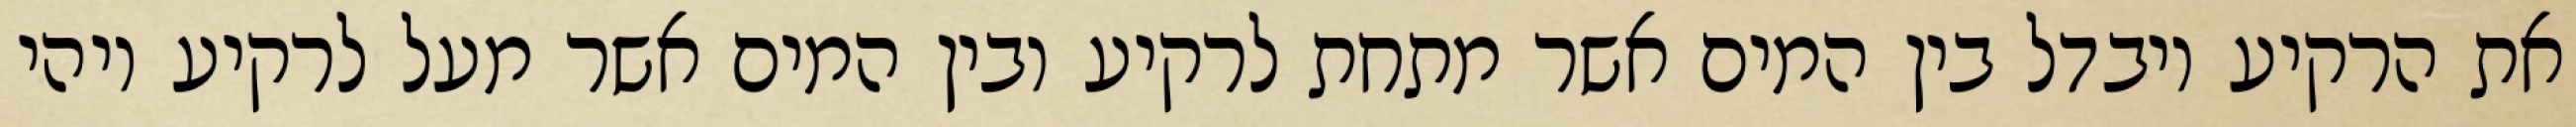
את הרקיע ויבדל בין המים אשר מתחת לרקיע ובין המים אשר מעל לרקיע ויהי